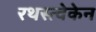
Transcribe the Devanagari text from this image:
रथस्त्वेकेन